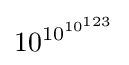
10^{10^{10^{123}}}